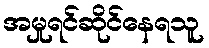
အမှုရင်ဆိုင်နေရသူ